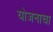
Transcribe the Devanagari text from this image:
योजनाचा